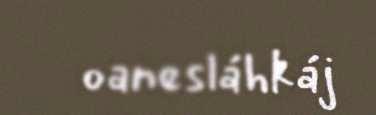
oanesláhkáj